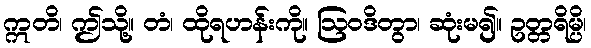
ဣတိ၊ ဤသို့။ တံ၊ ထိုရဟန်းကို။ ဩဝဒိတွာ၊ ဆုံးမ၍။ ဥတ္တရိမ္ပိ၊